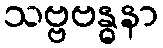
သဗ္ဗဗန္ဓနာ